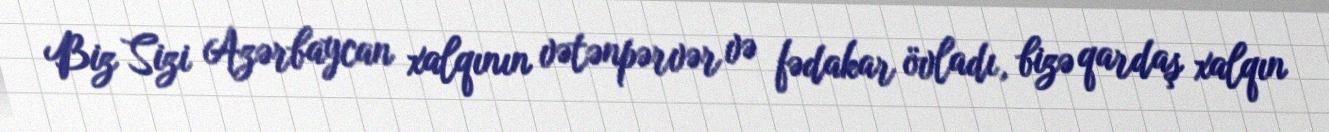
Biz Sizi Azərbaycan xalqının vətənpərvər və fədakar övladı, bizə qardaş xalqın